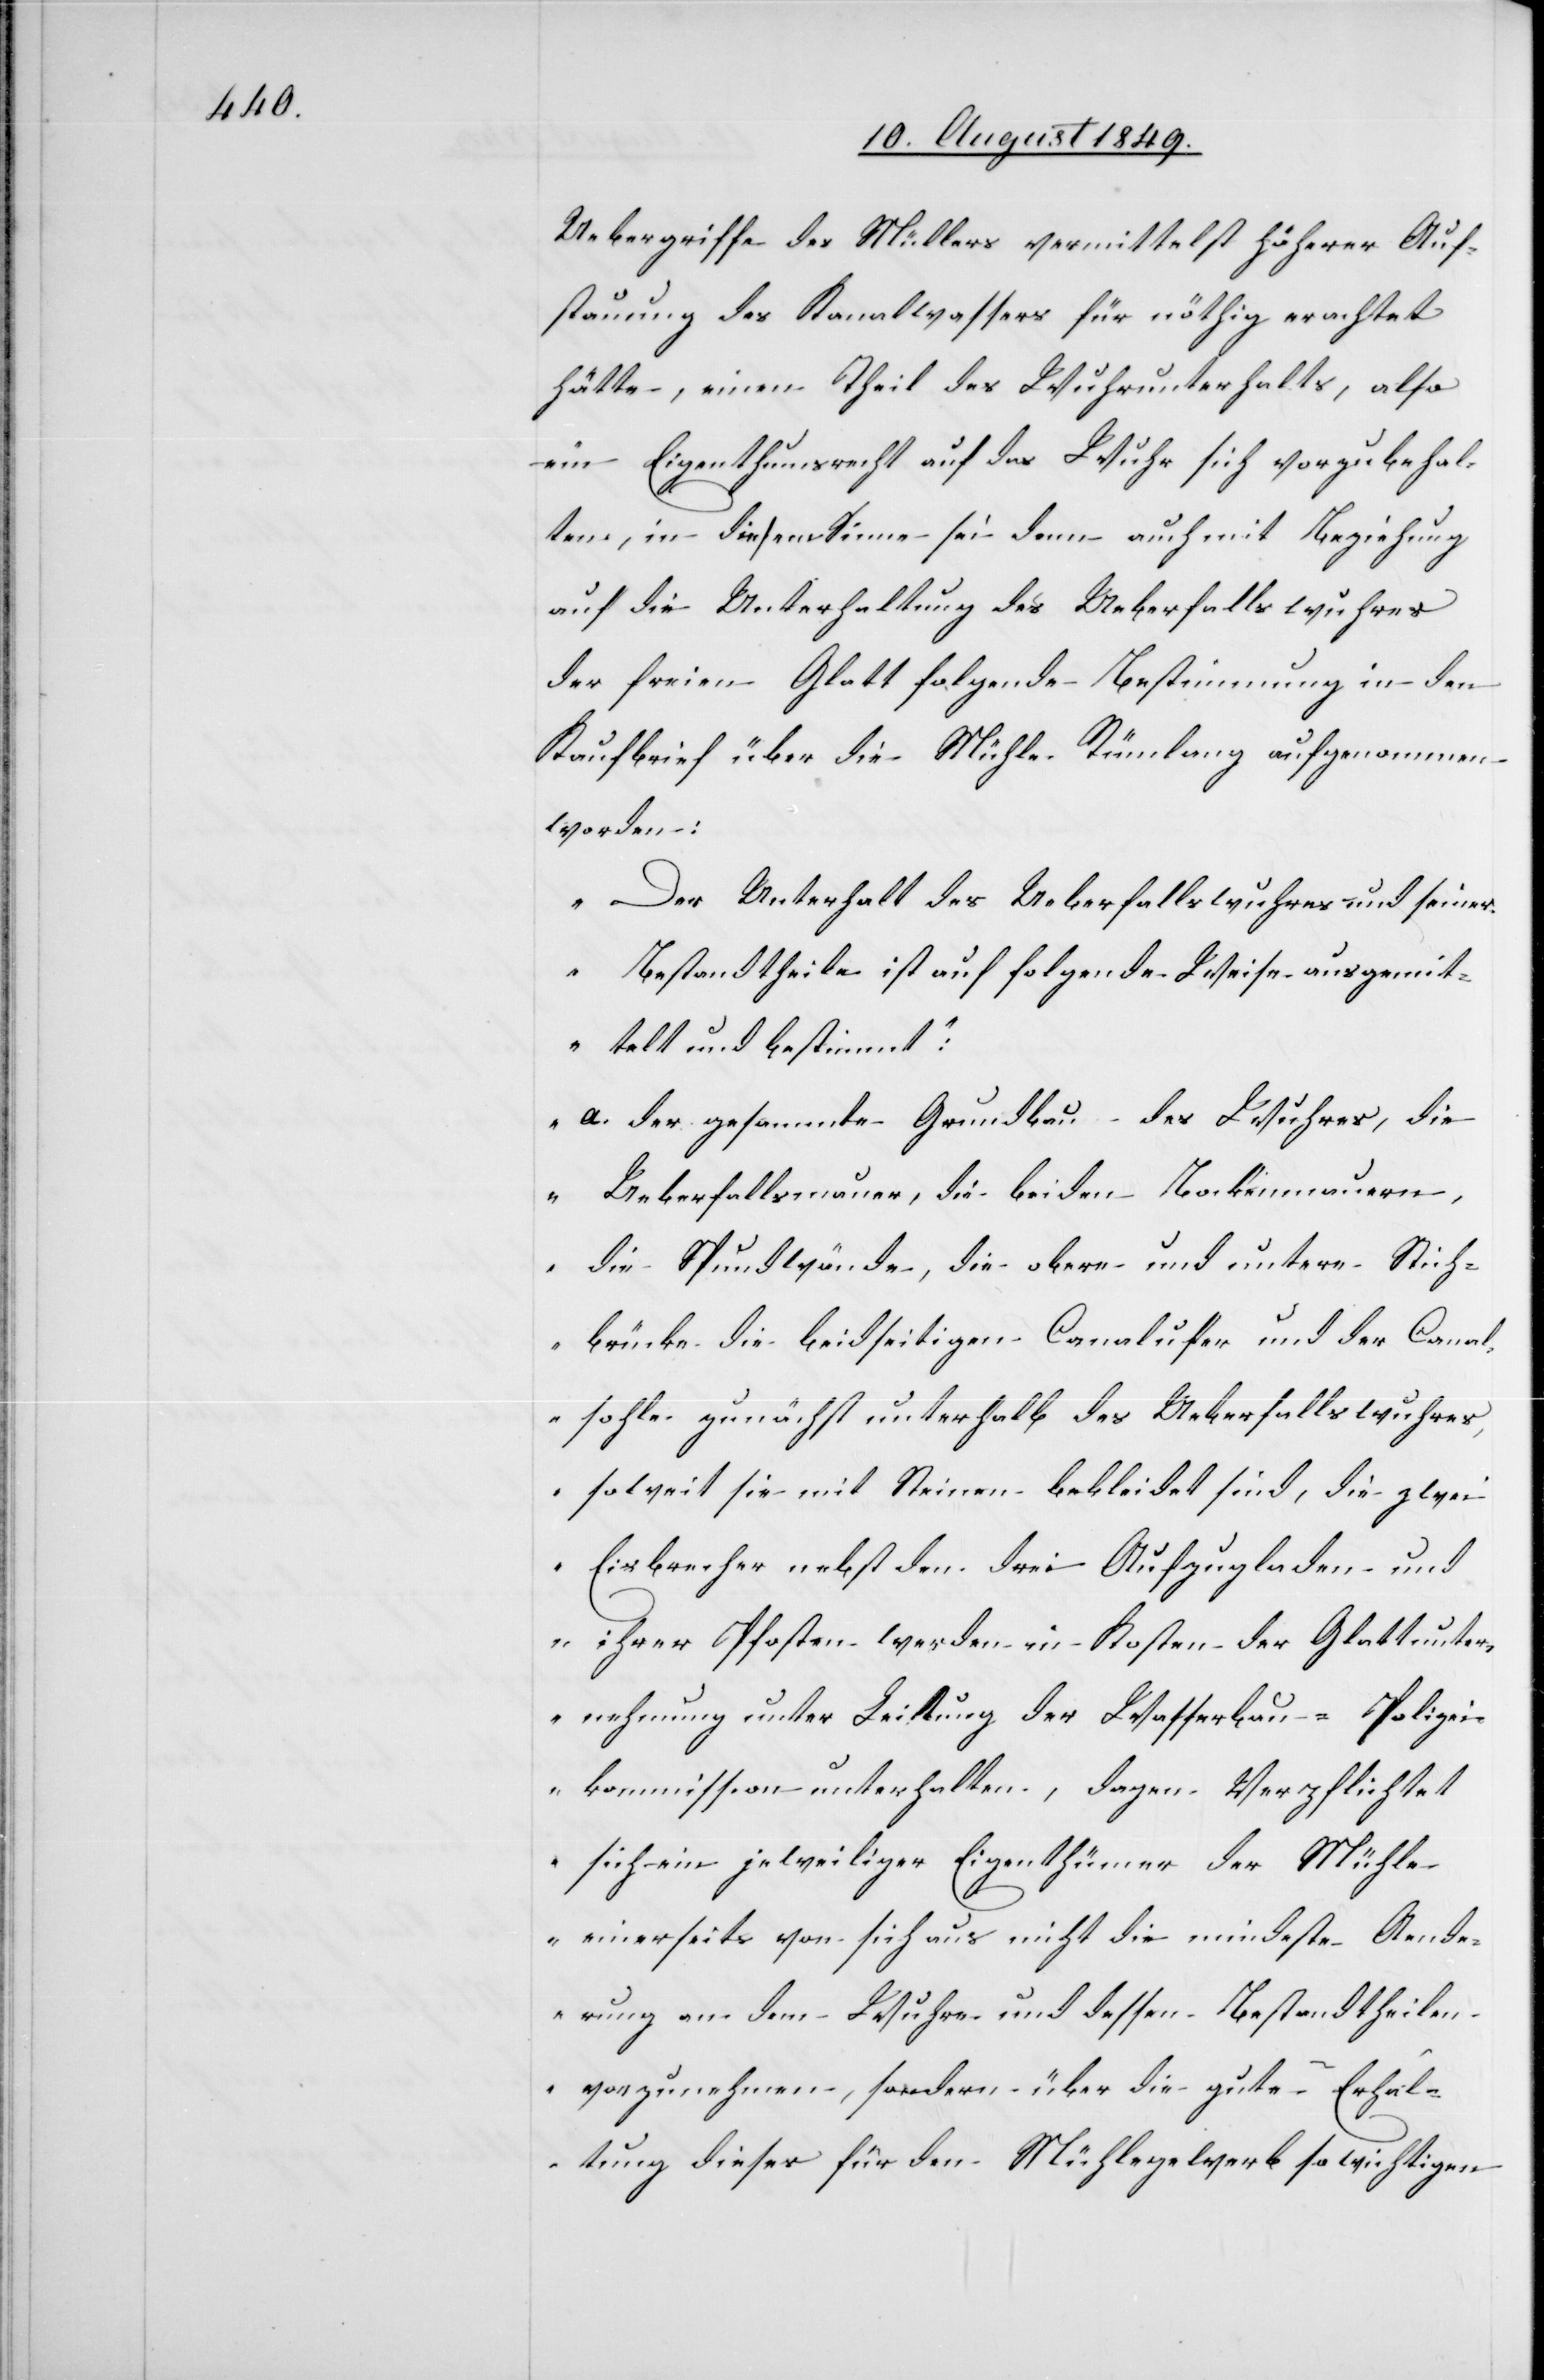
Uebergriffe des Müllers vermittelst höherer Auf¬
stauung des Kanalwassers für nöthig erachtet
hätte, einen Theil des Wuhrunterhalts, also
ein Eigenthumsrecht auf das Wuhr sich vorzubehal¬
ten, in diesem Sinne sei denn auch mit Beziehung
auf die Unterhaltung des Ueberfallswuhres
der freien Glatt folgende Bestimmung in den
Kaufbrief über die Mühle Rümlang aufgenommen
worden:
„Der Unterhalt des Ueberfallswuhres und seiner
Bestandtheile ist auf folgende Weise ausgemit¬
telt und bestimmt:
a. der gesammte Grundbau des Wuhres, die
Ueberfallsmauer, die beiden Bockenmauern,
die Spundwände, die obere und untere Stich¬
brücke die beidseitigen Canalufer und der Canal¬
sohle zunächst unterhalb des Ueberfallswuhres,
soweit sie mit Steinen bekleidet sind, die zwei
Eisbrecher nebst den drei Aufzugladen und
ihrer Pfosten werden in Kosten der Glattunter¬
nehmung unter Leitung der Wasserbau- Polizei¬
kommission unterhalten, dage[ge]n verpflichtet
sich ein jeweiliger Eigenthümer der Mühle
einerseits von sich aus nicht die mindeste Aend¬
erung an dem Wuhre und dessen Bestandtheilen
vorzunehmen, sondern über die gute Erhal¬
tung dieses für den Mühlegewerb so wichtigen